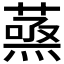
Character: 𮐹